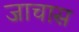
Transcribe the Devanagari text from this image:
जाचास